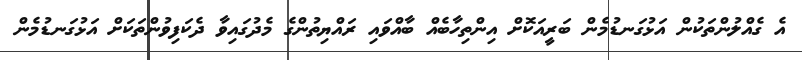
އެ ގެއްލުންތަކުން އަޅުގަނޑުމެން ބަރީއަކޮށް އިންތިހާބެއް ބާއްވައި ރައްޔިތުންގެ މެދުގައިވާ ދެކަފިވުންތަކަށް އަޅުގަނޑުމެން